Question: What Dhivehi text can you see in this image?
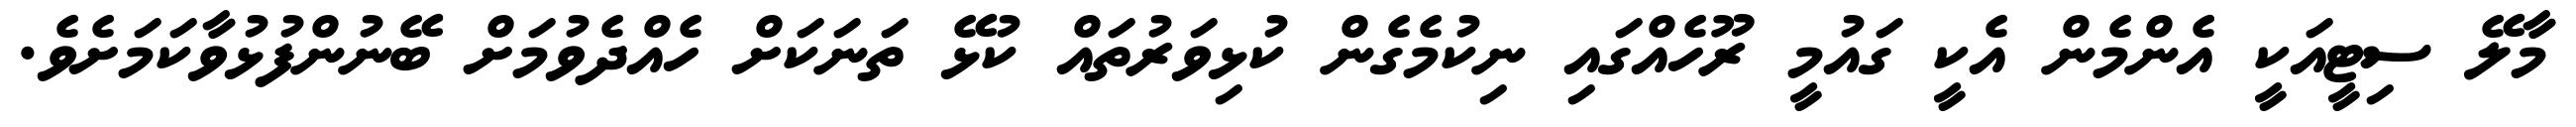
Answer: މާލޭ ސިޓީއަކީ އެންމެން އެކީ ގައުމީ ރޫހެއްގައި ނިކުމެގެން ކުޅިވަރުތައް ކުޅޭ ތަނަކަށް ހެއްދެވުމަށް ބޭނުންފުޅުވާކަމަށެވެ.